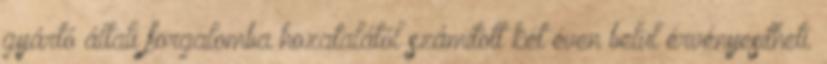
gyártó általi forgalomba hozatalától számított két éven belül érvényesítheti.